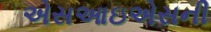
એસઆઇએસની